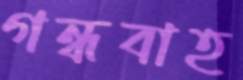
গন্ধবাহ